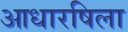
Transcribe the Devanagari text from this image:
आधारषिला